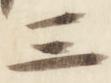
三